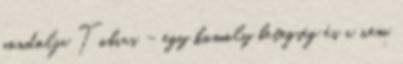
gondolja Tobias – egy komoly betegség és a nem